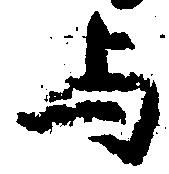
与